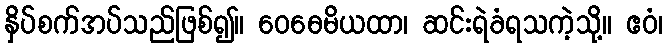
နှိပ်စက်အပ်သည်ဖြစ်၍။ ဝေဓေမိယထာ၊ ဆင်းရဲခံရသကဲ့သို့။ ဧဝံ၊